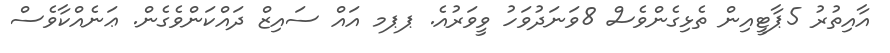
އާއިތުރު 5ޕާޓީއިން ތެޅިގެންވެސް 8ވަނަދުވަހު ވީވަރުއެ. ޕޕމ އައް ސައިޒް ދައްކަންވެގެން. ޢަނެއްކާވެސް